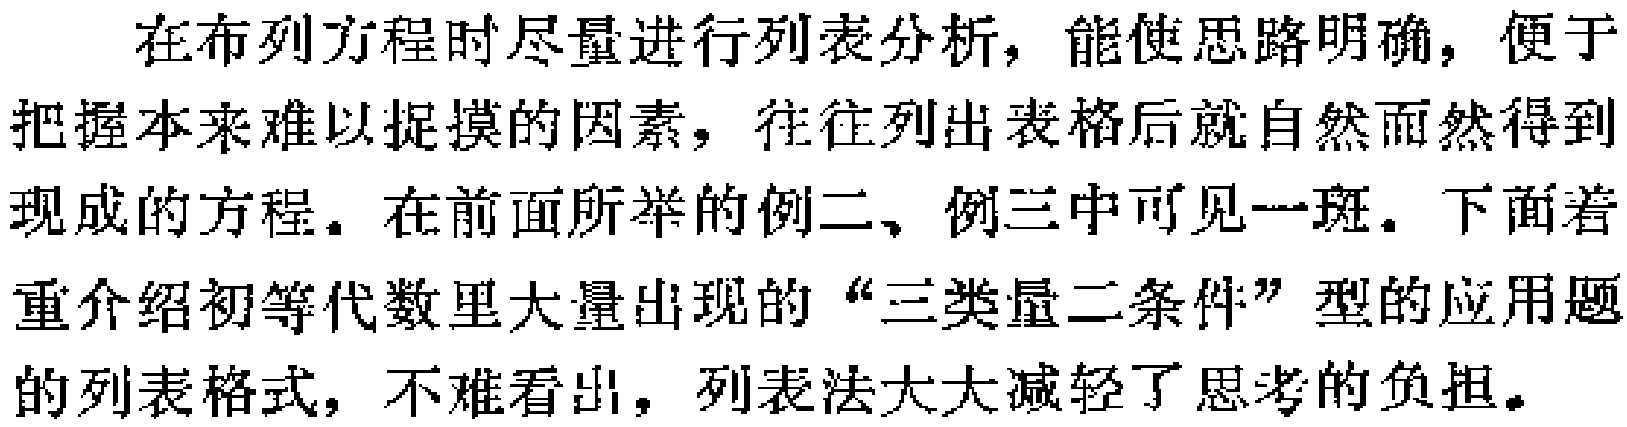
在布列方程时尽量进行列表分析，能使思路明确，便于把握本来难以捉摸的因素，往往列出表格后就自然而然得到现成的方程。在前面所举的例二、例三中可见一斑。下面着重介绍初等代数里大量出现的“三类量二条件”型的应用题的列表格式，不难看出，列表法大大减轻了思考的负担。